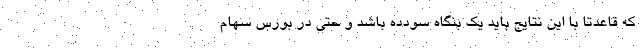
که قاعدتاً با این نتایج باید یک بنگاه سودده باشد و حتی در بورس سهام